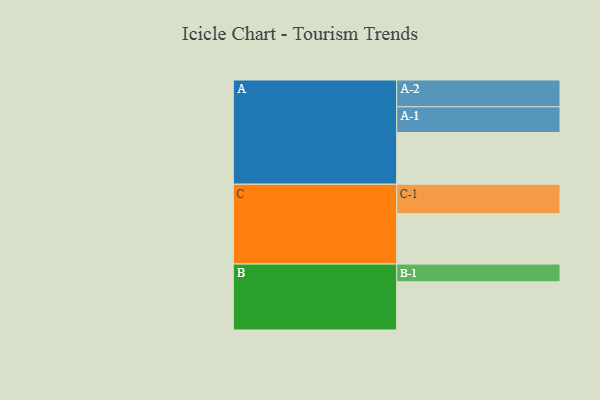
{"axis": {"x": "Segment", "y": "Value"}, "legend": ["", "A", "B", "C"], "data": [{"x": "A", "y": 526, "type": ""}, {"x": "B", "y": 491, "type": ""}, {"x": "C", "y": 514, "type": ""}, {"x": "A-1", "y": 262, "type": "A"}, {"x": "A-2", "y": 273, "type": "A"}, {"x": "B-1", "y": 180, "type": "B"}, {"x": "C-1", "y": 299, "type": "C"}]}